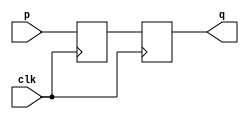
`timescale 1ns / 1ps
//////////////////////////////////////////////////////////////////////////////////
// Company: 
// Engineer: 
// 
// Design Name: 
// Module Name: NonBlocking
// Project Name: 
// Target Devices: 
// Tool Versions: 
// Description: 
// 
// Dependencies: 
// 
// Revision:
// Revision 0.01 - File Created
// Additional Comments:
// 
//////////////////////////////////////////////////////////////////////////////////


module NonBlocking(
input p,clk,
output reg q
    );
    
reg D1;
always@(posedge clk)
begin
D1 <= p;
q <= D1;
end
endmodule